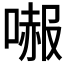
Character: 𠼶